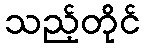
သည့်တိုင်